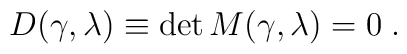
D(\gamma, \lambda) \equiv \det M (\gamma,\lambda) = 0 \; .